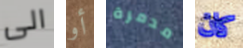
الى أو مدمرة كان